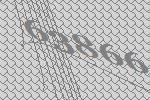
63866